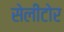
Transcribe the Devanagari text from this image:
सेलीटोर